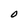
Character: 0